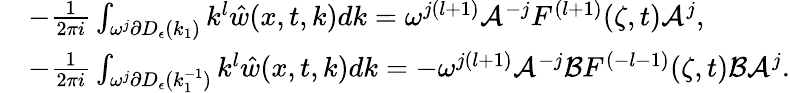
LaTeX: \begin{array}{rl}&{-\frac{1}{2\pi i}\int_{\omega^{j}\partial D_{\epsilon}(k_{1})}k^{l}\hat{w}(x,t,k)dk=\omega^{j(l+1)}\mathcal{A}^{-j}F^{(l+1)}(\zeta,t)\mathcal{A}^{j},}\\ &{-\frac{1}{2\pi i}\int_{\omega^{j}\partial D_{\epsilon}(k_{1}^{-1})}k^{l}\hat{w}(x,t,k)dk=-\omega^{j(l+1)}\mathcal{A}^{-j}\mathcal{B}F^{(-l-1)}(\zeta,t)\mathcal{B}\mathcal{A}^{j}.}\end{array}